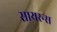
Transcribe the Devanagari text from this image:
सायरन्स